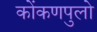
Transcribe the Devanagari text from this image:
कोंकणपुलो